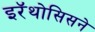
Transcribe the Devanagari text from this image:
इरॅथोसिसने